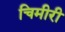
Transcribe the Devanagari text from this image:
चिमीरी